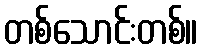
တစ်သောင်းတစ်။